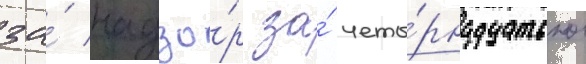
за́ надзо́р за́ четы́рнадцатью